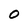
Character: O